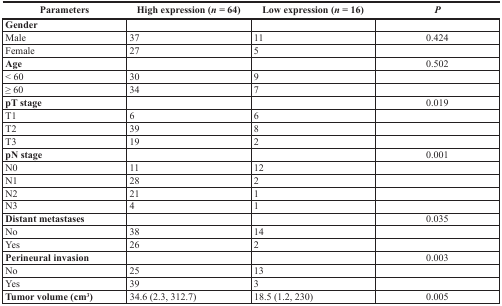
<table><thead><tr><td><b>Parameters</b></td><td><b>High expression (<i>n</i> = 64)</b></td><td><b>Low expression (<i>n</i> = 16)</b></td><td><b><i>P</i></b></td></tr></thead><tbody><tr><td><b>Gender</b></td><td></td><td></td><td></td></tr><tr><td>Male</td><td>37</td><td>11</td><td>0.424</td></tr><tr><td>Female</td><td>27</td><td>5</td><td></td></tr><tr><td><b>Age</b></td><td></td><td></td><td>0.502</td></tr><tr><td>&lt; 60</td><td>30</td><td>9</td><td></td></tr><tr><td>≥ 60</td><td>34</td><td>7</td><td></td></tr><tr><td><b>pT stage</b></td><td></td><td></td><td>0.019</td></tr><tr><td>T1</td><td>6</td><td>6</td><td></td></tr><tr><td>T2</td><td>39</td><td>8</td><td></td></tr><tr><td>T3</td><td>19</td><td>2</td><td></td></tr><tr><td><b>pN stage</b></td><td></td><td></td><td>0.001</td></tr><tr><td>N0</td><td>11</td><td>12</td><td></td></tr><tr><td>N1</td><td>28</td><td>2</td><td></td></tr><tr><td>N2</td><td>21</td><td>1</td><td></td></tr><tr><td>N3</td><td>4</td><td>1</td><td></td></tr><tr><td><b>Distant metastases</b></td><td></td><td></td><td>0.035</td></tr><tr><td>No</td><td>38</td><td>14</td><td></td></tr><tr><td>Yes</td><td>26</td><td>2</td><td></td></tr><tr><td><b>Perineural invasion</b></td><td></td><td></td><td>0.003</td></tr><tr><td>No</td><td>25</td><td>13</td><td></td></tr><tr><td>Yes</td><td>39</td><td>3</td><td></td></tr><tr><td><b>Tumor volume (cm<sup>3</sup>)</b></td><td>34.6 (2.3, 312.7)</td><td>18.5 (1.2, 230)</td><td>0.005</td></tr></tbody></table>